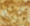
تحرك